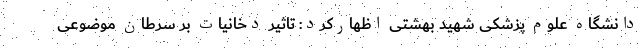
دانشگاه علوم پزشکی شهید بهشتی اظهارکرد: تاثیر دخانیات بر سرطان موضوعی